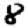
Digit: 8